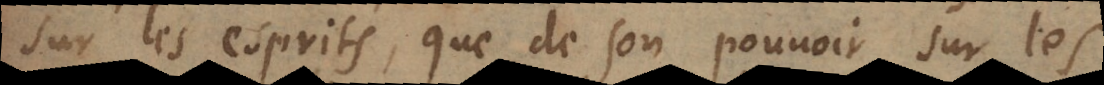
sur les esprits, que de son pouvoir sur les